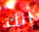
أنك